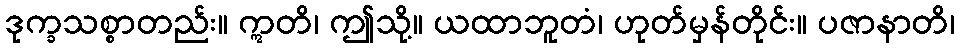
ဒုက္ခသစ္စာတည်း။ ဣတိ၊ ဤသို့။ ယထာဘူတံ၊ ဟုတ်မှန်တိုင်း။ ပဇာနာတိ၊